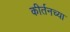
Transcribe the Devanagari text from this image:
कीर्तनच्या